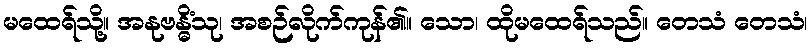
မထေရ်သို့။ အနုဗန္ဓိံသု၊ အစဉ်လိုက်ကုန်၏။ သော၊ ထိုမထေရ်သည်။ တေသံ တေသံ၊